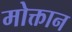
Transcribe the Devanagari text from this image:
मोक्तान